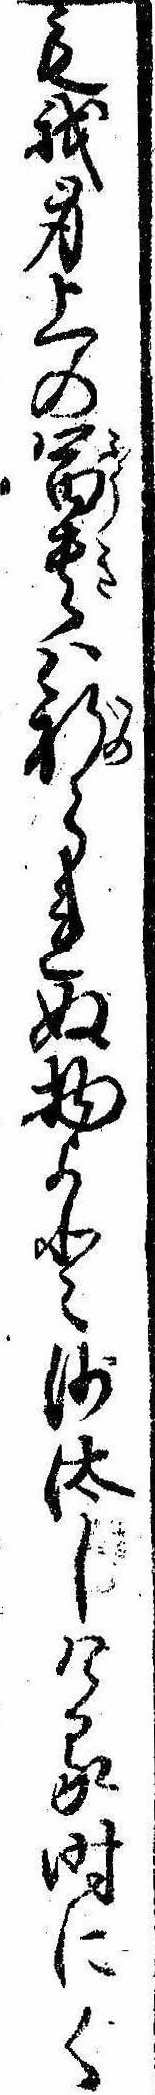
も我身上の富貴は祈られぬ物よと沙汰しける時にく